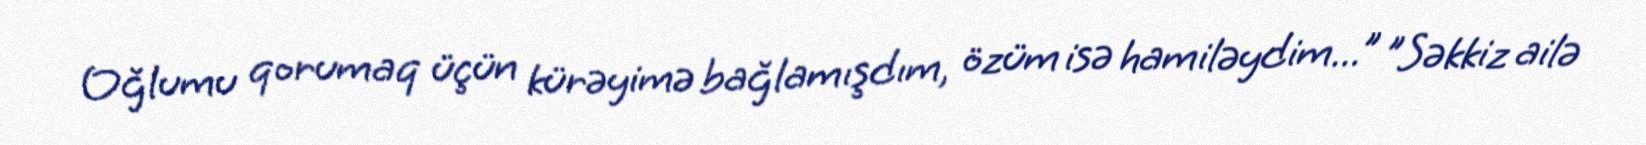
Oğlumu qorumaq üçün kürəyimə bağlamışdım, özüm isə hamiləydim...” "Səkkiz ailə